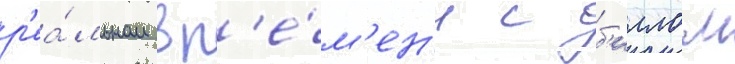
р'еа́льном вр'е́м'ен'и с б'иллом